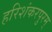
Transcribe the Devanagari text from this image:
हरिशंकरपुरम्